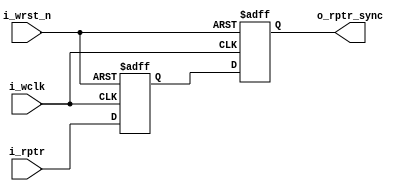
/*=============================================================================
#
# Author: mengguodong Email: 823300630@qq.com
#
# Personal Website: guodongblog.com
#
# Last modified: 2022-10-23 12:05
#
# Filename: sync_r2w.v
#
# Description: 
#
=============================================================================*/
module SYNC_R2W #( parameter ADDRSIZE = 4 )(
    input   wire                              i_wclk                                       ,
    input   wire                              i_wrst_n                                     ,
    input   wire    [ADDRSIZE   : 0]          i_rptr                                       ,
    output  reg     [ADDRSIZE   : 0]          o_rptr_sync                                  
);
reg [ADDRSIZE :0] rptr_ff;
always @ (posedge i_wclk or negedge i_wrst_n)begin
    if(i_wrst_n == 1'b0)begin 
        rptr_ff <= 0;
        o_rptr_sync <= 0;
    end
    else begin 
        rptr_ff <= i_rptr;
        o_rptr_sync <= rptr_ff;
    end
end
endmodule